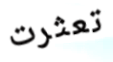
تعثرت